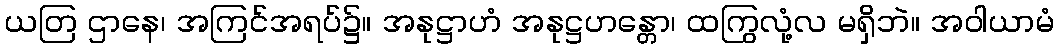
ယတြ ဌာနေ၊ အကြင်အရပ်၌။ အနုဋ္ဌာဟံ အနုဋ္ဌဟန္တော၊ ထကြွလုံ့လ မရှိဘဲ။ အဝါယာမံ